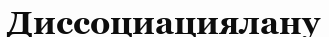
Диссоциациялану